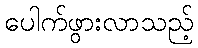
ပေါက်ဖွားလာသည့်